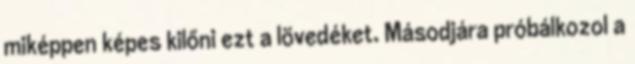
miképpen képes kilőni ezt a lövedéket. Másodjára próbálkozol a